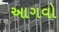
આગવો